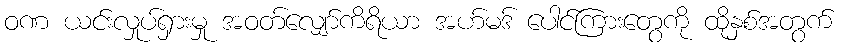
ဝဏ ယင်းလှုပ်ရှားမှု အဝတ်လျှော်ကိရိယာ အဟ်မဒ် ပေါင်ကြားတွေကို ထိုနှစ်အတွက်